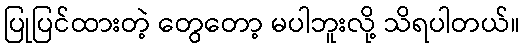
ပြုပြင်ထားတဲ့ တွေတော့ မပါဘူးလို့ သိရပါတယ်။